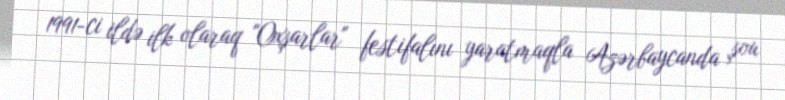
1991-ci ildə ilk olaraq "Oxşarlar" festifalını yaratmaqla Azərbaycanda şou